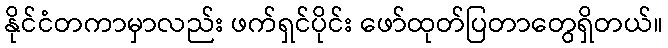
နိုင်ငံတကာမှာလည်း ဖက်ရှင်ပိုင်း ဖော်ထုတ်ပြတာတွေရှိတယ်။